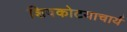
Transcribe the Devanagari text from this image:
शिवकोटयाचार्य